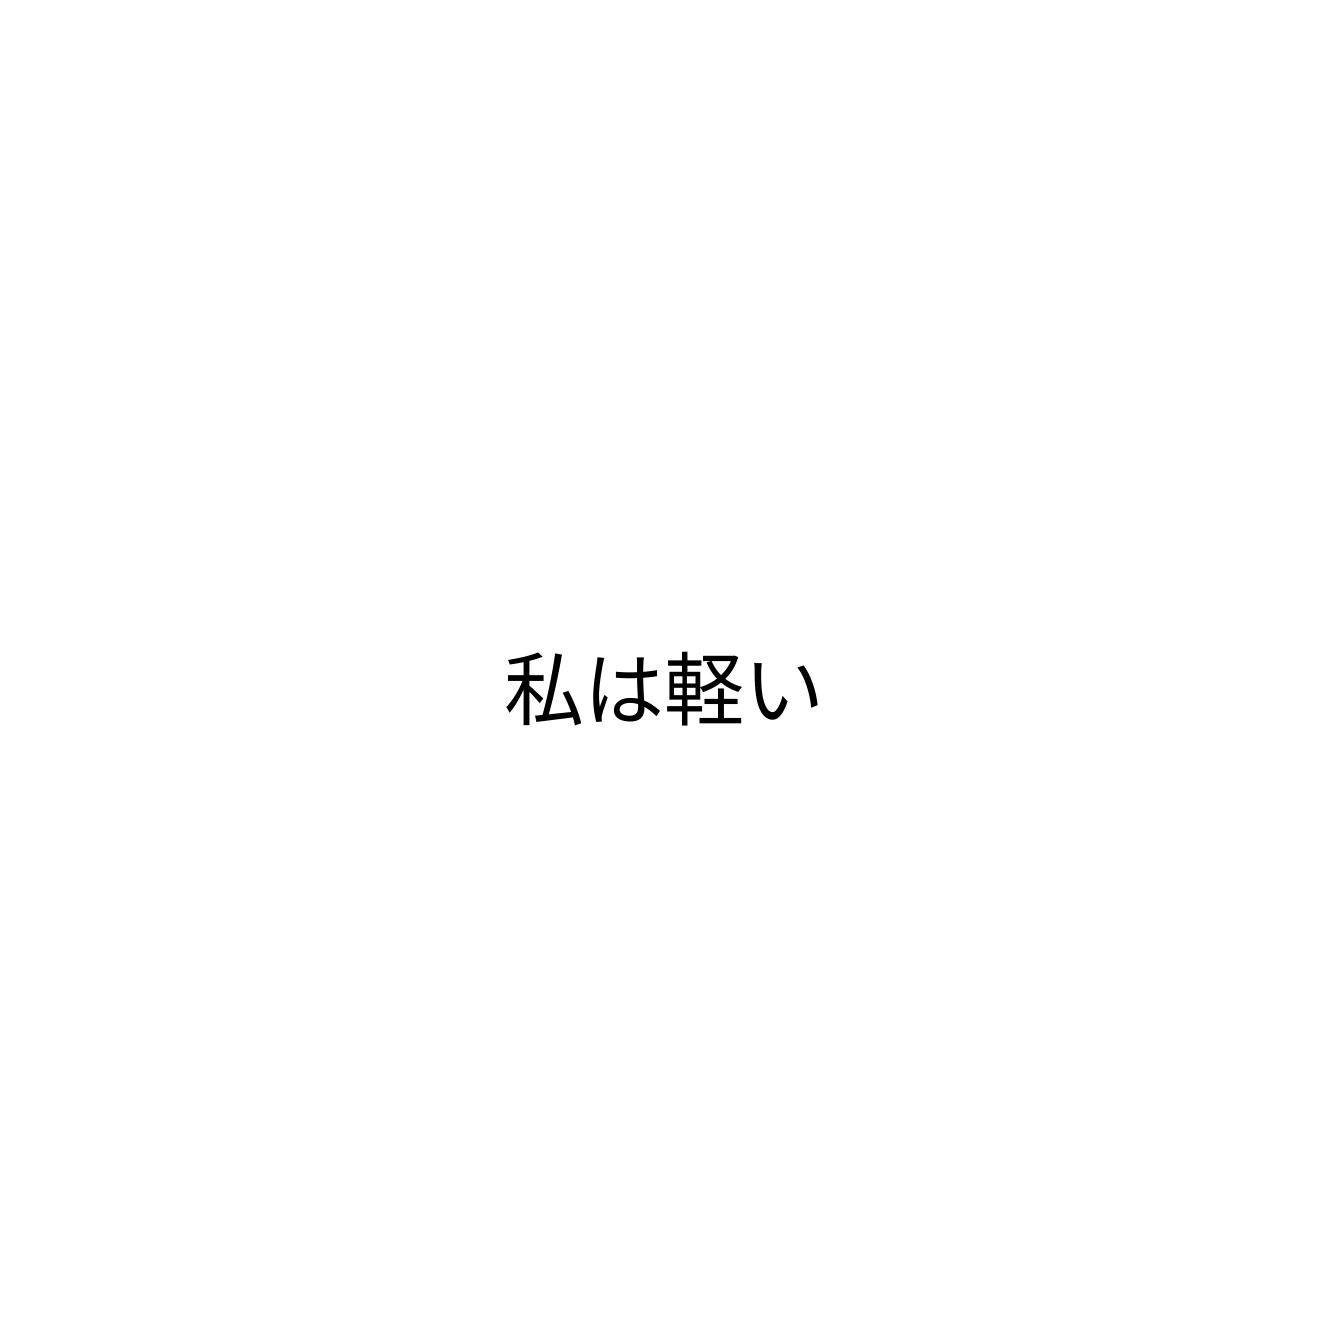
私は軽い